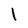
Character: l